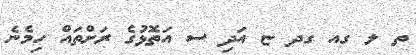
ތ ލ ގއ ގދ ޏ އަދި ސ އަތޮޅުގެ ރަށްތައް ހިމެނެ